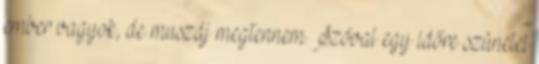
ember vagyok, de muszáj megtennem. Szóval egy időre szünetel